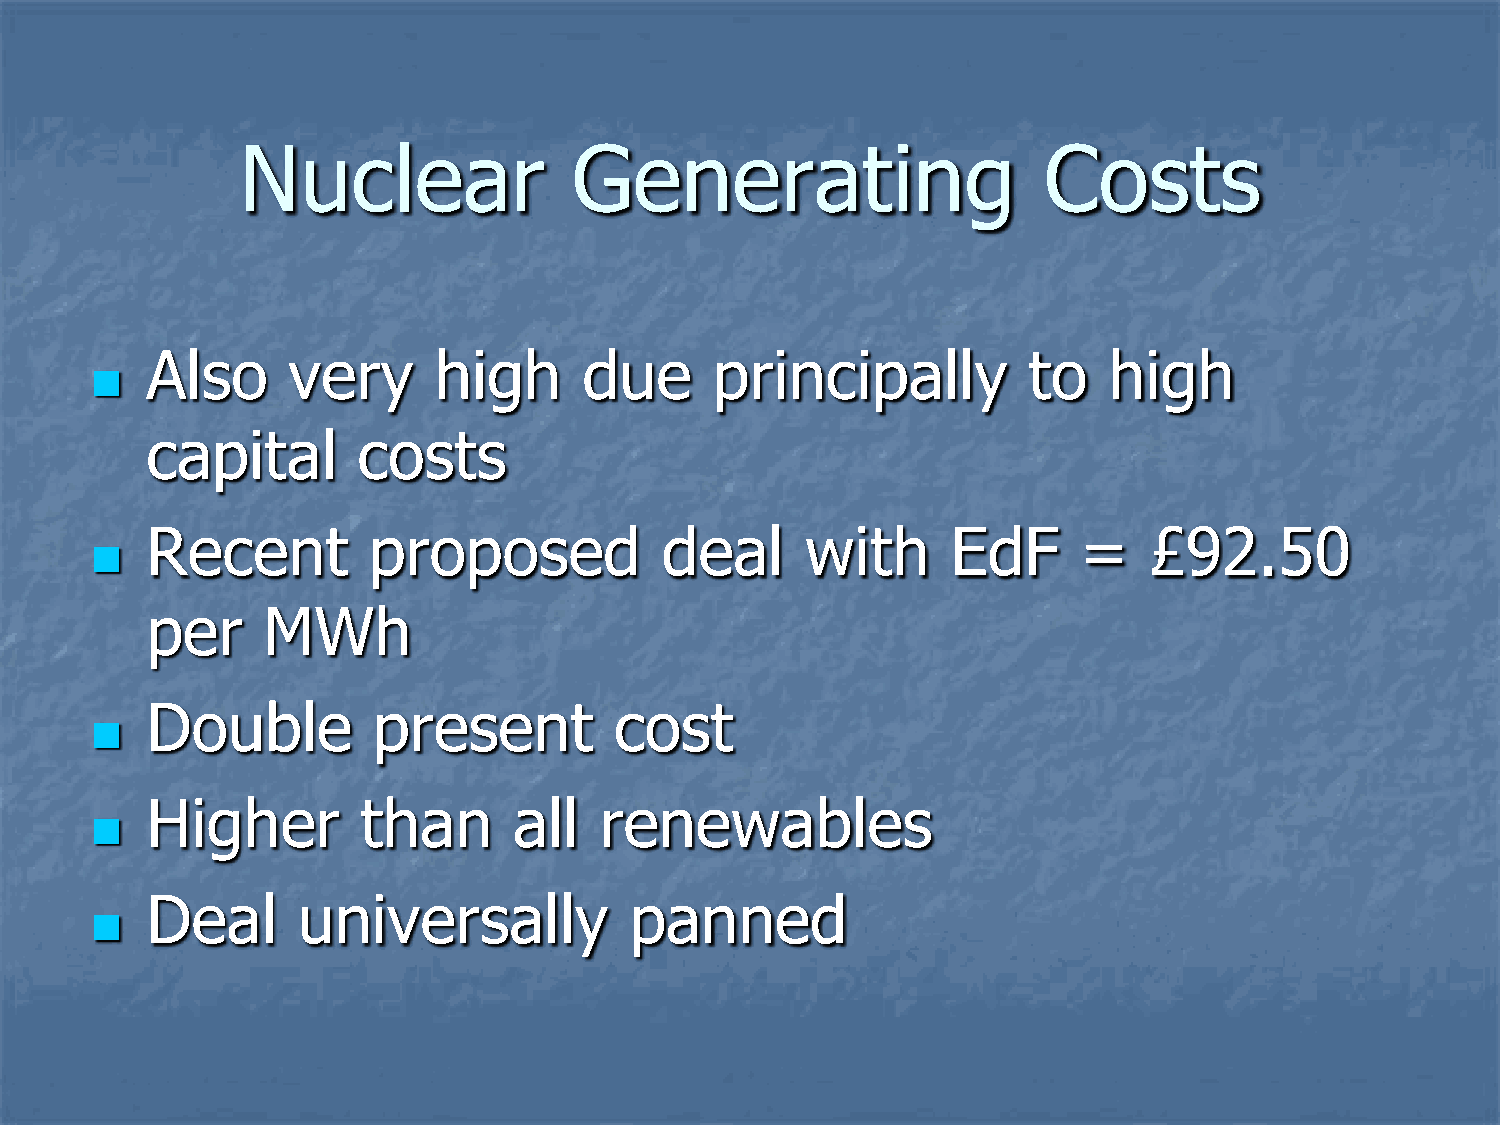
Nuclear               Generating                     Costs
 Also     very      high      due     principally          to   high
 
 capital       costs
 Recent        proposed            deal     with      EdF      =   £92.50
 
 per    MWh
 Double         present         cost
 
 Higher        than      all   renewables
 
 Deal      universally           panned
 